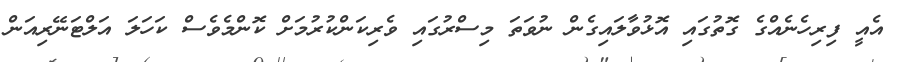
އެއީ ފިރިހެނެއްގެ ގޮތުގައި އޮޅުވާލައިގެން ނުވަތަ މިސްރުގައި ވެރިކަންކުރުމަށް ކޮންމެވެސް ކަހަލަ އަލްޓަނޭރިއަން